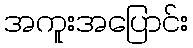
အကူးအပြောင်း